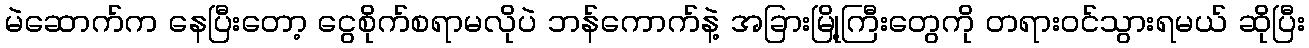
မဲဆောက်က နေပြီးတော့ ငွေစိုက်စရာမလိုပဲ ဘန်ကောက်နဲ့ အခြားမြို့ကြီးတွေကို တရားဝင်သွားရမယ် ဆိုပြီး